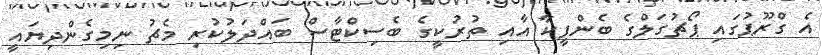
އެ ގްރޫޕުގައި ޕޯޗުގަލްގެ ބެންފީކާ އާއި ތުރުކީގެ ބެސިކްޓާސް ބައްދަލުކުރި މެޗު ނިމިގެންދިޔައީ